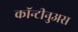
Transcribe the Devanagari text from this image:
कॉन्टीनुअस